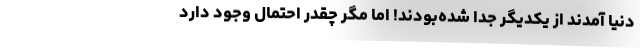
دنیا آمدند از یکدیگر جدا شده‌بودند! اما مگر چقدر احتمال وجود دارد